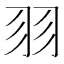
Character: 𦏲